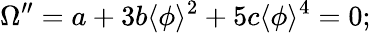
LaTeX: \Omega^{\prime\prime}=a+3b\langle\phi\rangle^{2}+5c\langle\phi\rangle^{4}=0;